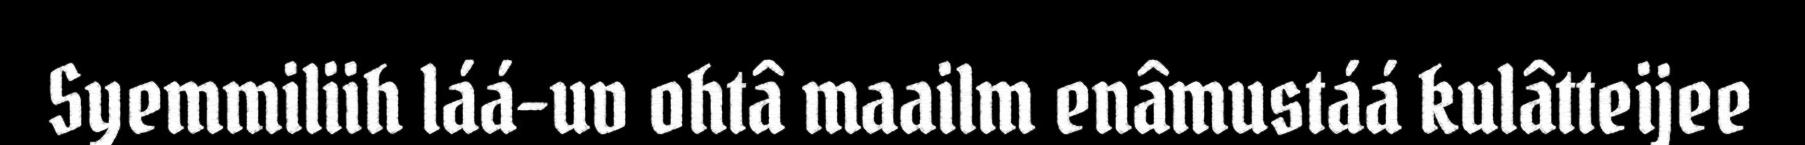
Syemmiliih láá-uv ohtâ maailm enâmustáá kulâtteijee